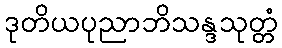
ဒုတိယပုညာဘိသန္ဒသုတ္တံ